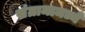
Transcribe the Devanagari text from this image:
संग्रामामध्ये